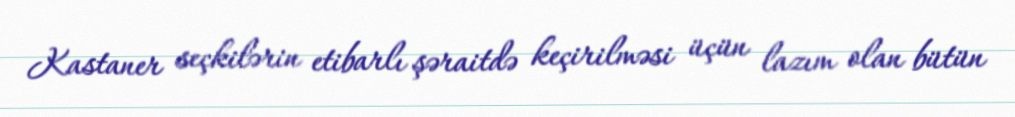
Kastaner seçkilərin etibarlı şəraitdə keçirilməsi üçün lazım olan bütün